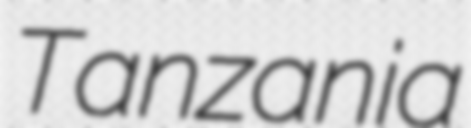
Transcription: Tanzania